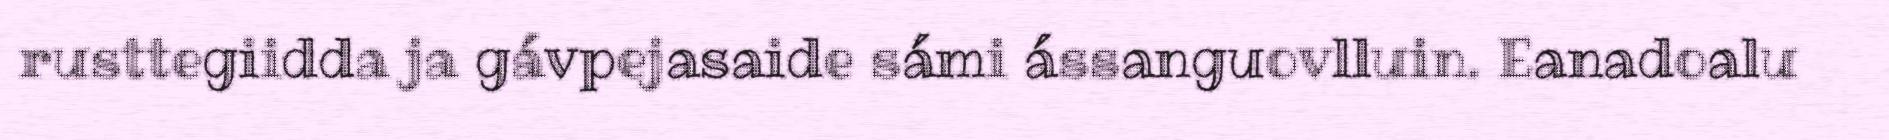
rusttegiidda ja gávpejasaide sámi ássanguovlluin. Eanadoalu